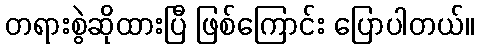
တရားစွဲဆိုထားပြီ ဖြစ်ကြောင်း ပြောပါတယ်။